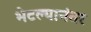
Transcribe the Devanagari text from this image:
भेटल्यानंतर